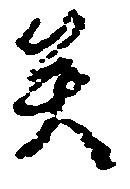
矣